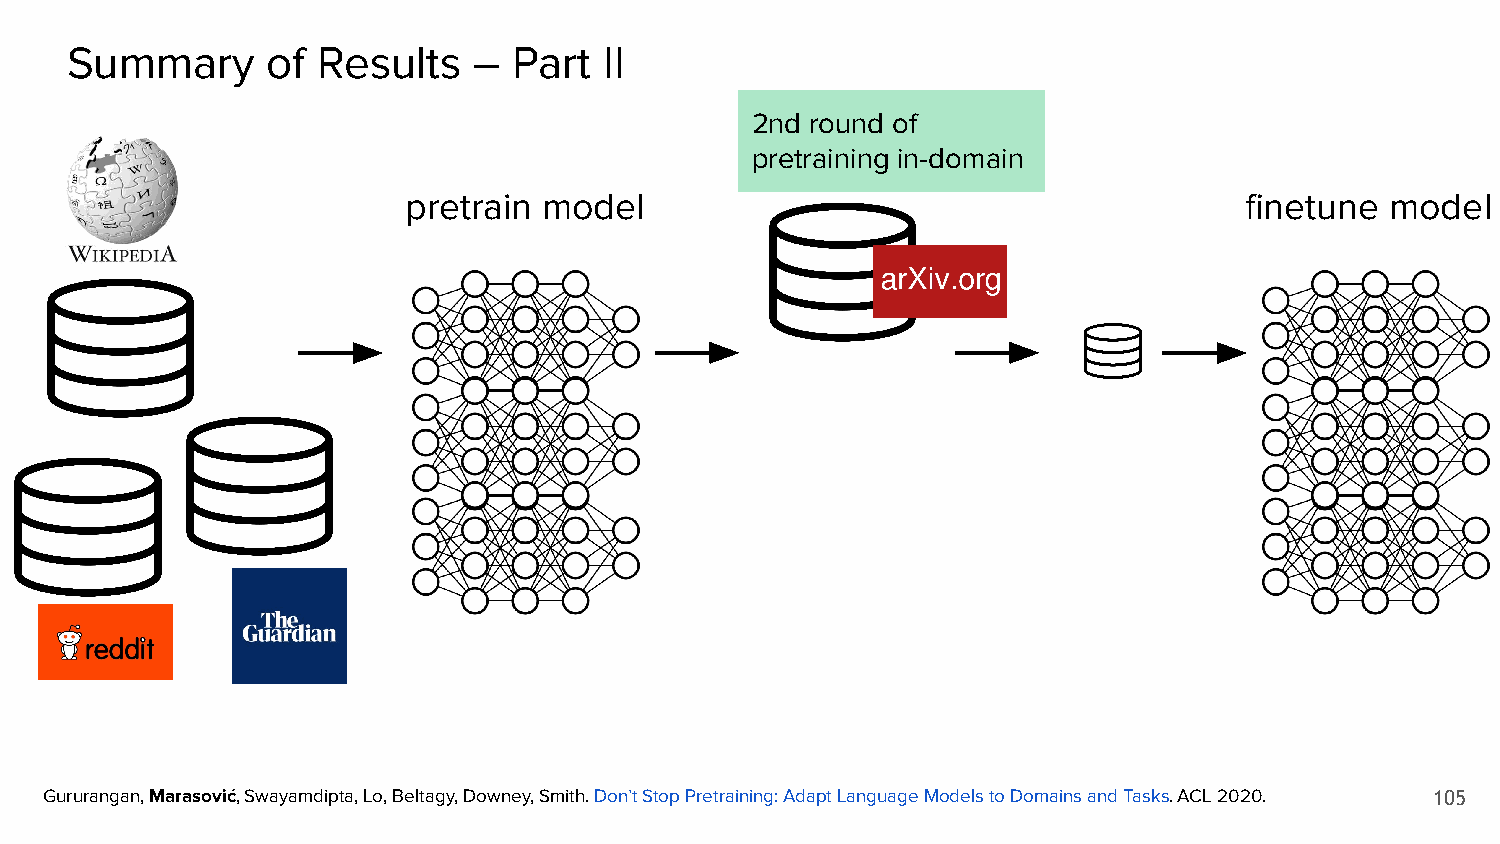
Summary       of Results   –  Part  II
 2nd round of
 pretraining in-domain
 pretrain model                                         finetune  model
 Gururangan, Marasović, Swayamdipta, Lo, Beltagy, Downey, Smith. Don’t Stop Pretraining: Adapt Language Models to Domains and Tasks. ACL 2020. 105